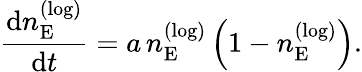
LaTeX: \frac{\mathop{}\! {\mathrm d}n_{\mathrm{E}}^{(\mathrm{log})}}{\mathop{}\! {\mathrm d}t}=a\, n_{\mathrm{E}}^{(\mathrm{log})}\left(1-n_{\mathrm{E}}^{(\mathrm{log})}\right).